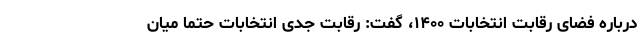
درباره فضای رقابت انتخابات ۱۴۰۰، گفت: رقابت جدی انتخابات حتما میان